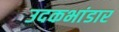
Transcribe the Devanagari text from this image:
उदकभांडार